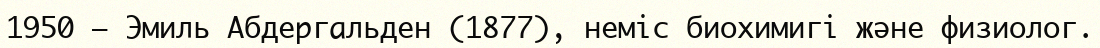
1950 — Эмиль Абдергальден (1877), неміс биохимигі және физиолог.